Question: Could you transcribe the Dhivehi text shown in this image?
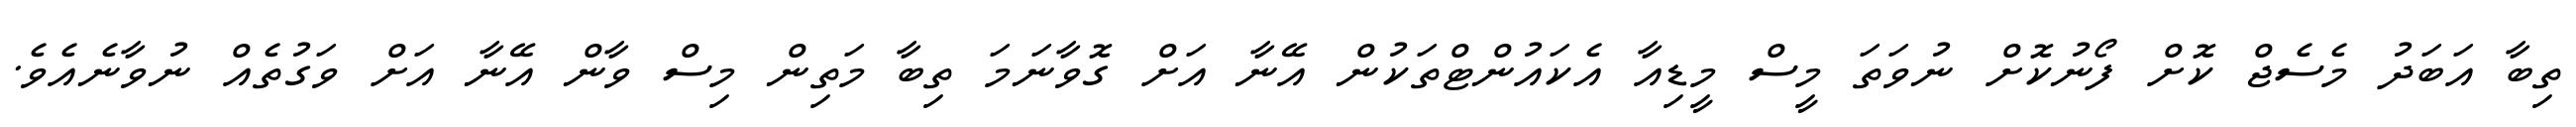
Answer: ތިބާ އަބަދު މެސެޖް ކޮށް ފޯނުކޮށް ނުވަތަ މީސް މީޑިއާ އެކައުންޓްތަކުން އޭނާ އަށް ގޮވާނަމަ ތިބާ މަތިން މިސް ވާން އޭނާ އަށް ވަގުތެއް ނުވާނެއެވެ.